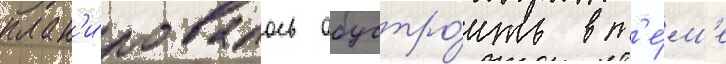
план'и́ровалось обустро́ить в т'е́м'е